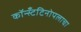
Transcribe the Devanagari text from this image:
कॉन्स्टँटिनोपलाचा